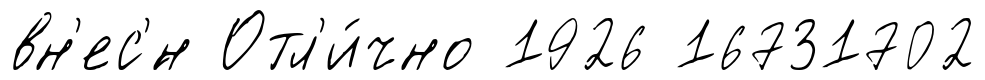
вн'ес'́н Отл'и́чно 1926 16731702